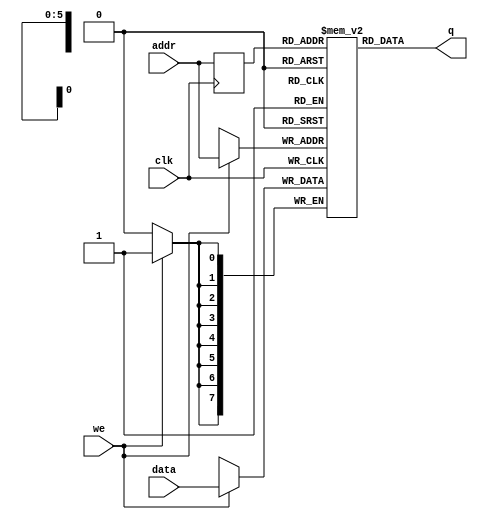
module single_port_ram
(
	input [7:0] data,
	input [5:0] addr,
	input we, clk,
	output [7:0] q
);

	// Declare the RAM variable
	reg [7:0] ram[63:0];
	
	// Variable to hold the registered read address
	reg [5:0] addr_reg;
	
	always @ (posedge clk)
	begin
	// Write
		if (we)
			ram[addr] <= data;
		
		addr_reg <= addr;
		
	end
		
	// Continuous assignment implies read returns NEW data.
	// This is the natural behavior of the TriMatrix memory
	// blocks in Single Port mode.  
	assign q = ram[addr_reg];
	
endmodule